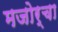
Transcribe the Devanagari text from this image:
मजोर्चा